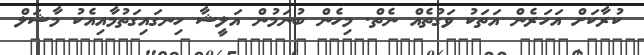
ކުރާކަށް އަހަރެން އަތަކު ވަގުތެއް ނެތް. މިހެން ބުނަމުން އަލީޝާ ހިނގައިގަތުމާއިއެކު މާޝަލް